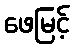
ဖေမြင့်